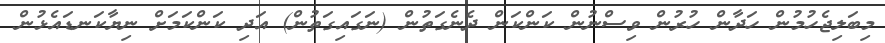
މިބަލިޖެހުމުން ހަދާން ހުރުން ވިސްނުން ކަންކަން ދެނެގަތުން (ނަގައިގަތުން) އަދި ކަންކަމަށް ނިޔާކަނޑައެޅުން